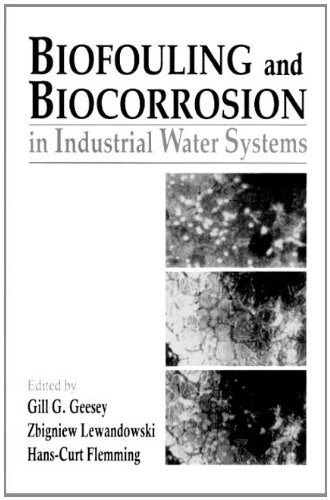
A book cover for Biofouling and Biocorrosion in Industrial Water Systems; Gill G. Geesey; Science & Math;